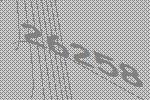
26258